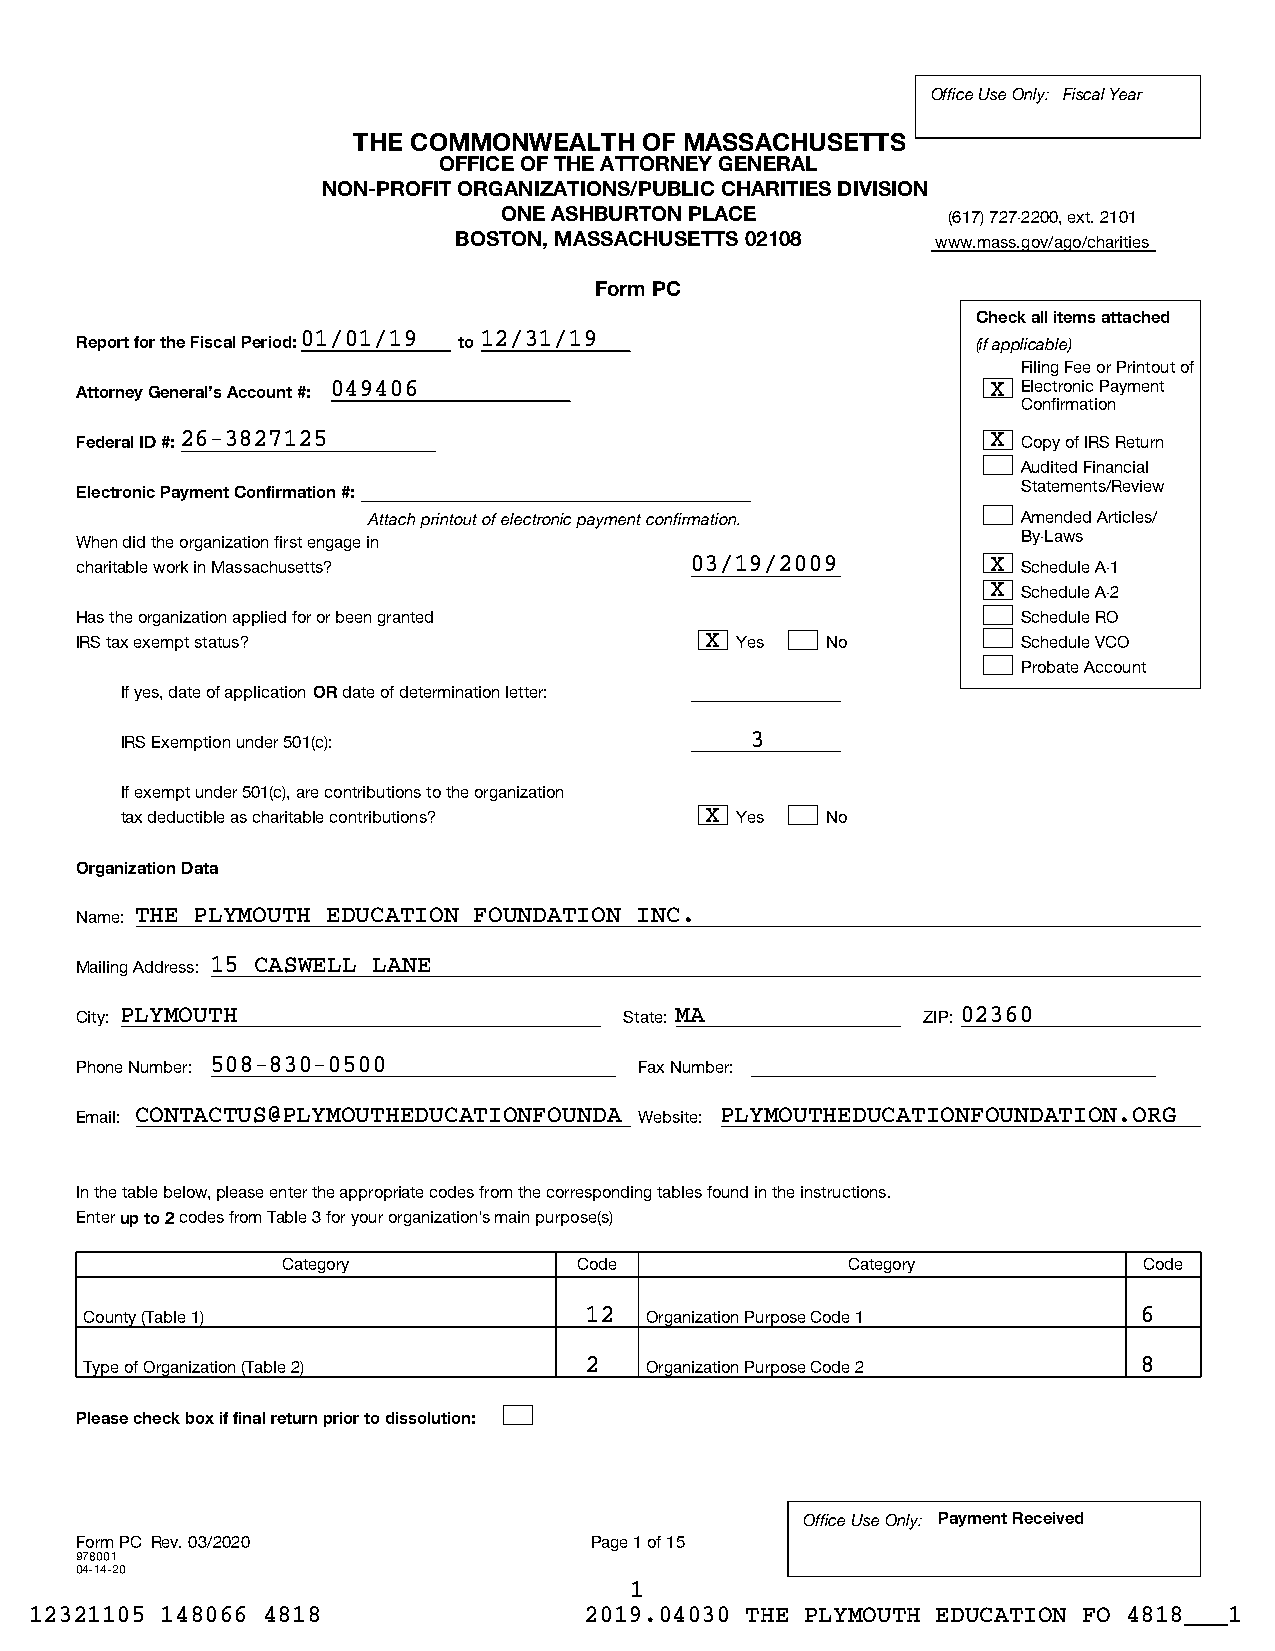
Office Use Only: Fiscal Year
 THE COMMONWEALTH    OF MASSACHUSETTS
 OFFICE OF THE ATTORNEY GENERAL
 NON-PROFIT ORGANIZATIONS/PUBLIC CHARITIES DIVISION
 ONE ASHBURTON PLACE           (617) 727-2200, ext. 2101
 BOSTON, MASSACHUSETTS 02108     www.mass.gov/ago/charities
 Form PC
 Check all items attached
 Report for the Fiscal Period:01/01/19 to12/31/19            (if applicable)
 Filing Fee or Printout of
 Attorney General's Account #: 049406                         X Electronic Payment
 Confirmation
 Federal ID #:26-3827125                                      X Copy of IRS Return
 Audited Financial
 Statements/Review
 Electronic Payment Confirmation #:
 Attach printout of electronic payment confirmation. Amended Articles/
 When did the organization first engage in                      By-Laws
 charitable work in Massachusetts?        03/19/2009          X Schedule A-1
 X Schedule A-2
 Has the organization applied for or been granted               Schedule RO
 IRS tax exempt status?                    X Yes   No           Schedule VCO
 Probate Account
 If yes, date of application OR date of determination letter:
 IRS Exemption under 501(c):               3
 If exempt under 501(c), are contributions to the organization
 tax deductible as charitable contributions? X Yes No
 Organization Data
 Name: THE PLYMOUTH EDUCATION FOUNDATION INC.
 Mailing Address: 15 CASWELL LANE
 City: PLYMOUTH                      State: MA           ZIP: 02360
 Phone Number: 508-830-0500           Fax Number:
 Email: CONTACTUS@PLYMOUTHEDUCATIONFOUNDA Website: PLYMOUTHEDUCATIONFOUNDATION.ORG
 In the table below, please enter the appropriate codes from the corresponding tables found in the instructions.
 Enter up to 2 codes from Table 3 for your organization's main purpose(s)
 Category           Code              Category            Code
 County (Table 1)                 12  Organization Purpose Code 1     6
 Type of Organization (Table 2)   2   Organization Purpose Code 2     8
 Please check box if final return prior to dissolution:
 Office Use Only: Payment Received
 Form PC Rev. 03/2020              Page 1 of 15
 978001
 04-14-20
 1
 12321105 148066 4818                 2019.04030 THE PLYMOUTH EDUCATION FO 4818___1